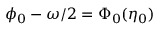
\phi _ { 0 } - \omega / 2 = \Phi _ { 0 } ( \eta _ { 0 } )